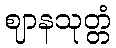
ဈာနသုတ္တံ